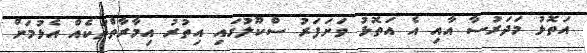
އަތޮޅު މަދަރުސާ އާއި އެ އަތޮޅު ވަށަފަރު ސްކޫލުގައި އިތުރު އިމާރާތްތަކެއް އެޅުމަށް